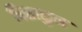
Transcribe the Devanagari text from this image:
पिसाळुन